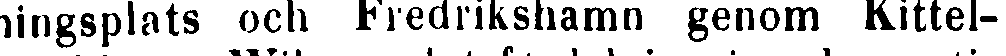
ningsplats och Fredrikshamn genom Kittel-